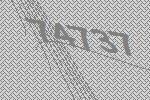
74737